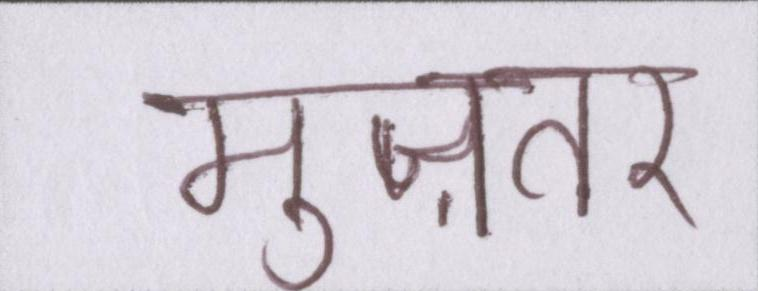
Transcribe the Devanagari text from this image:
मुज़तर